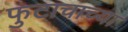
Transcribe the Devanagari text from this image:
फुटाचाच्या